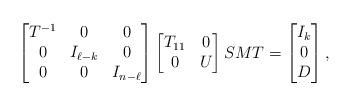
LaTeX: \begin{align*}\begin{bmatrix} T^{-1} & 0 & 0 \\ 0 & I_{\ell-k} & 0 \\ 0 & 0 & I_{n-\ell} \end{bmatrix}\begin{bmatrix} T_{11} & 0 \\ 0 & U\end{bmatrix} SMT = \begin{bmatrix} I_k \\ 0 \\ D\end{bmatrix} ,\end{align*}